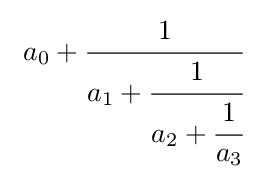
\ a_{0}+{\cfrac {1}{a_{1}+{\cfrac {1}{a_{2}+{\cfrac {1}{a_{3}}}}}}}